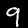
Digit: 9